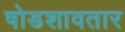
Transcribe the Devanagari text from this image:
षोडशावतार